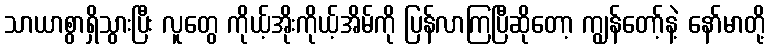
သာယာစွာရှိသွားပြီး လူတွေ ကိုယ့်အိုးကိုယ့်အိမ်ကို ပြန်လာကြပြီဆိုတော့ ကျွန်တော့်နဲ့ နော်မာတို့